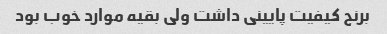
برنج کیفیت پایینی داشت ولی بقیه موارد خوب بود